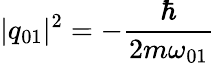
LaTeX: |q_{01}|^{2}=-\frac{\hbar}{2m\omega_{01}}